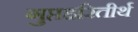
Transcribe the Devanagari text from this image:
गुप्तहरितीर्थ